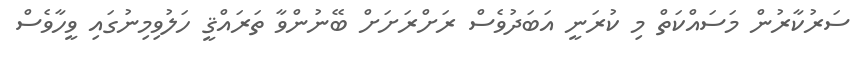
ސަރުކާރުން މަސައްކަތް މި ކުރަނީ އަބަދުވެސް ރަށްރަށަށް ބޭނުންވާ ތަރައްޤީ ހަލުވިމިނުގައި ވީހާވެސް